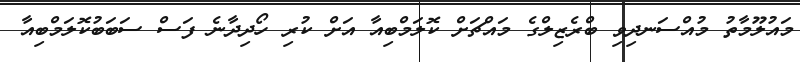
މައުލޫމާތު މުއްސަނދިވި ބްރެޒިލްގެ މައްޗަށް ކޮލަމްބިއާ އަށް ކުރި ހޯދިދާނެ ފަސް ސަބަބުކޮލަމްބިއާ